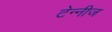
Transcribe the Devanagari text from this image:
टेन्नीज